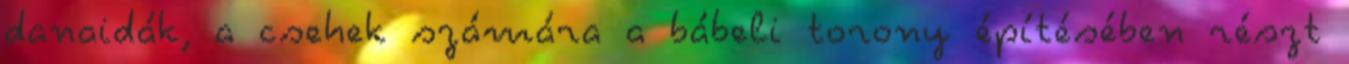
danaidák, a csehek számára a bábeli torony építésében részt